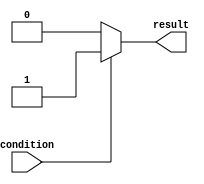
module if_else_statement (
    input wire condition,
    output reg result
);

always @ (*) begin
    if (~condition) begin
        // Code block if condition is false
        result <= 0;
    end else begin
        // Code block if condition is true
        result <= 1;
    end
end

endmodule